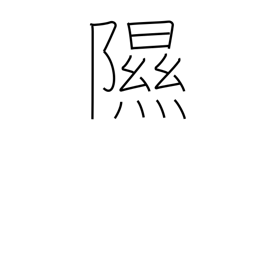
Meaning: be moist